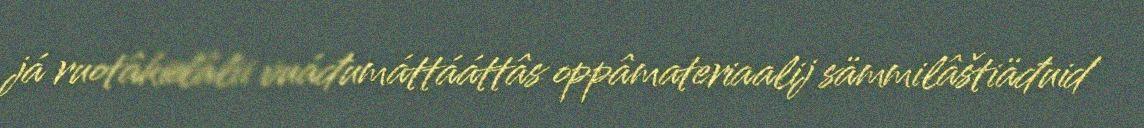
já ruotâkielâlii vuáđumáttááttâs oppâmateriaalij sämmilâštiäđuid